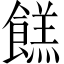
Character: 餻